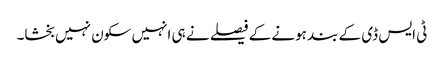
ٹی ایس ڈی کے بند ہونے کے فیصلے نے ہی انہیں سکون نہیں بخشا۔